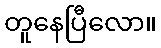
တူနေပြီလော။